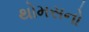
થોમસનો